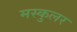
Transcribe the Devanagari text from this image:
मस्कुलर